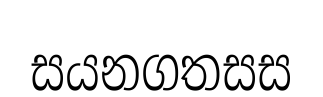
සයනගතසස